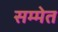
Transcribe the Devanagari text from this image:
सम्मेत